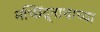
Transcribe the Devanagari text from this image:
मच्छिंद्र्नाथाच्या